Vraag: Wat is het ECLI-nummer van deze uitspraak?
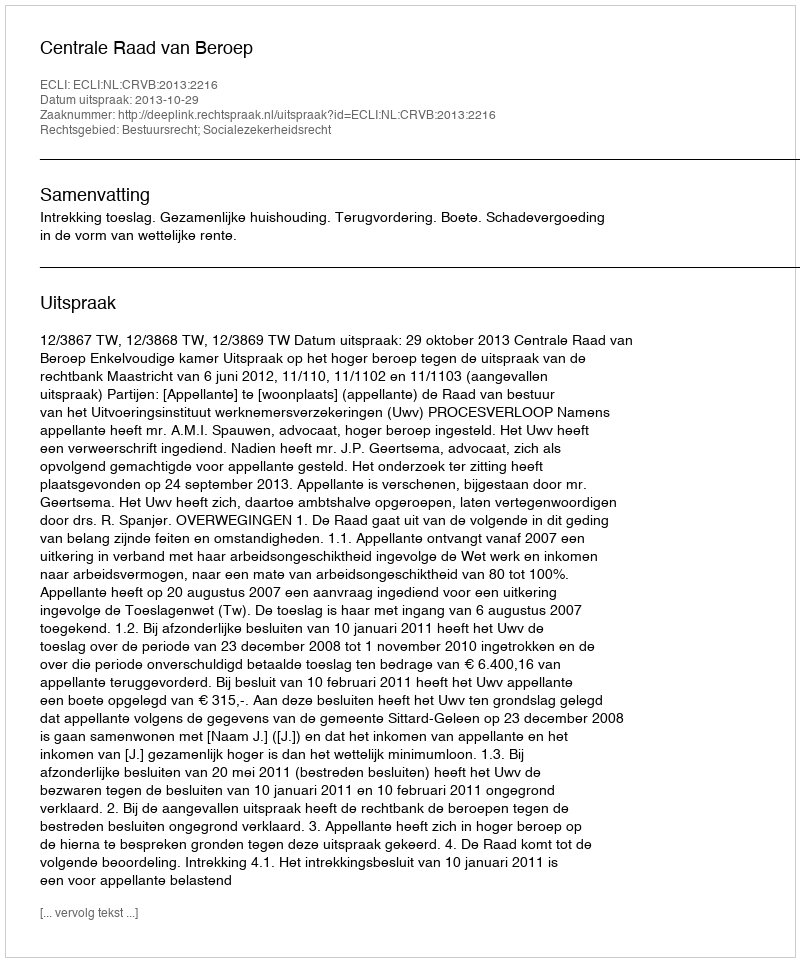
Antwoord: ECLI:NL:CRVB:2013:2216